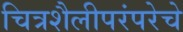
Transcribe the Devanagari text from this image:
चित्रशैलीपरंपरेचे